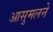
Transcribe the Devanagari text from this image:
आसुमलने